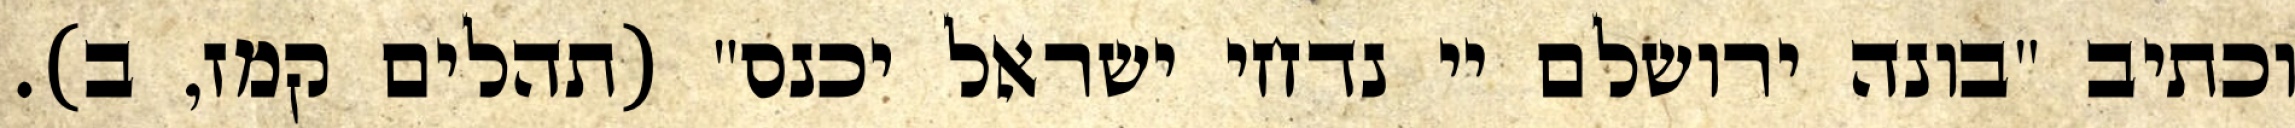
וכתיב "בונה ירושלם יי נדחי ישראל יכנס" (תהלים קמז, ב).